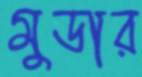
মুডার